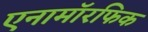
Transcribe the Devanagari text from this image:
एनामॉरफिक